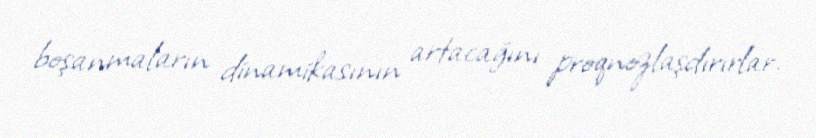
boşanmaların dinamikasının artacağını proqnozlaşdırırlar.